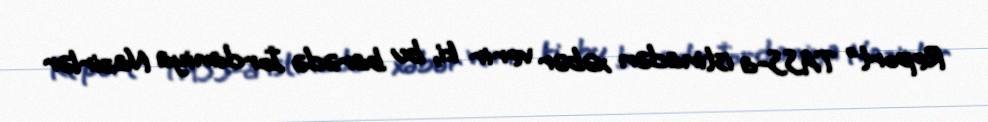
Report" TASS-a istinadən xəbər verir ki, bu barədə İordaniya Nazirlər